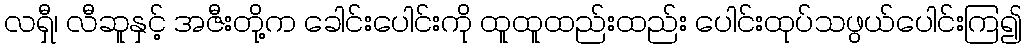
လရှီ၊ လီဆူနှင့် အဇီးတို့က ခေါင်းပေါင်းကို ထူထူထည်းထည်း ပေါင်းထုပ်သဖွယ်ပေါင်းကြ၍